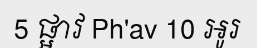
5 ផ្អាវ Ph'av 10 អូរ